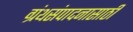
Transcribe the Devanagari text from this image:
ग्रंथसंपादनासाठी